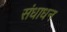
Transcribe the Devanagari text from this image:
संधाधन